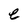
Character: e